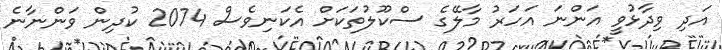
އަދި ވިދާޅުވީ އަންނަ އަހަރު މާލޭގެ ސްކޫލުތަކަށް އެކަނިވެސް 2074 ކުދިން ވަންނާނެ